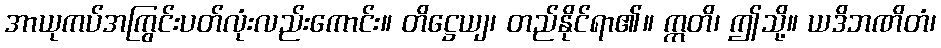
အာယုကပ်အကြွင်းပတ်လုံးလည်းကောင်း။ တိဋ္ဌေယျ၊ တည်နိုင်ရာ၏။ ဣတိ၊ ဤသို့။ ယဒိဘဏိတံ၊